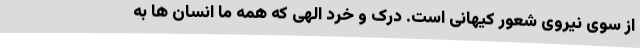
از سوی نیروی شعور کیهانی است. درک و خرد الهی که همه ما انسان ها به